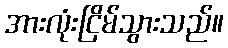
အားလုံးငြိမ်သွားသည်။